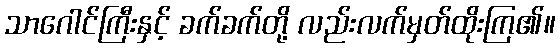
သာဂေါင်ကြီးနှင့် ခက်ခက်တို့ လည်းလက်မှတ်ထိုးကြ၏။